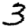
Digit: 3